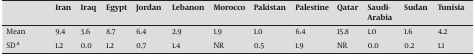
<table><thead><tr><td></td><td><b>Iran</b></td><td><b>Iraq</b></td><td><b>Egypt</b></td><td><b>Jordan</b></td><td><b>Lebanon</b></td><td><b>Morocco</b></td><td><b>Pakistan</b></td><td><b>Palestine</b></td><td><b>Qatar</b></td><td><b>Saudi-Arabia</b></td><td><b>Sudan</b></td><td><b>Tunisia</b></td></tr></thead><tbody><tr><td>Mean</td><td>9.4</td><td>3.6</td><td>8.7</td><td>6.4</td><td>2.9</td><td>1.9</td><td>1.0</td><td>6.4</td><td>15.8</td><td>1.0</td><td>1.6</td><td>4.2</td></tr><tr><td>SD a</td><td>1.2</td><td>0.0</td><td>1.2</td><td>0.7</td><td>1.4</td><td>NR</td><td>0.5</td><td>1.9</td><td>NR</td><td>0.0</td><td>0.2</td><td>1.1</td></tr></tbody></table>